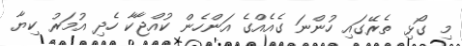
މި ގޯޅި ތެރޭގައި ހުންނަ ގެއެެއްގެ އަންހެން ކުއްޖާކާ ހެދި އުމަރު ކިޔާ